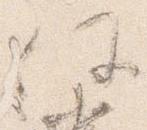
任